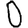
Digit: 0